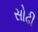
સોઢી